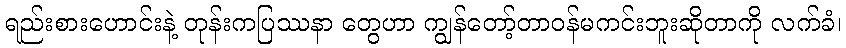
ရည်းစားဟောင်းနဲ့ တုန်းကပြဿနာ တွေဟာ ကျွန်တော့်တာဝန်မကင်းဘူးဆိုတာကို လက်ခံ၊